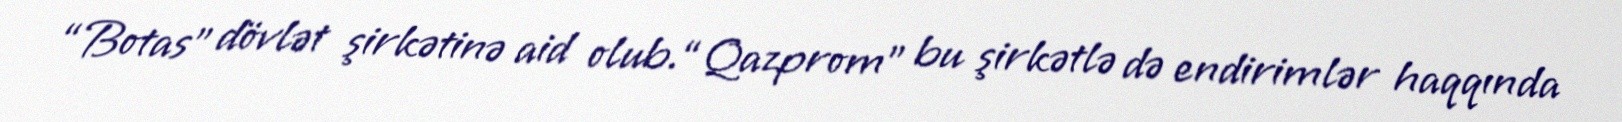
“Botas” dövlət şirkətinə aid olub.“Qazprom” bu şirkətlə də endirimlər haqqında